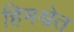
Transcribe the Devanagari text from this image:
हिमश्वेत